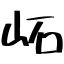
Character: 𡶌